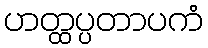
ဟတ္ထပ္ပတာပကံ